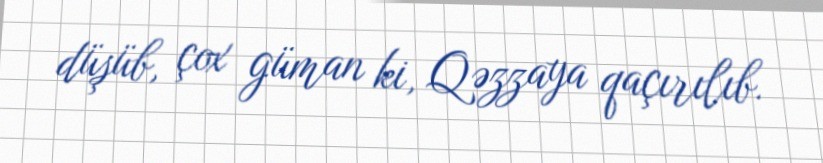
düşüb, çox güman ki, Qəzzaya qaçırılıb.